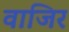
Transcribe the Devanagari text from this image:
वाजिर